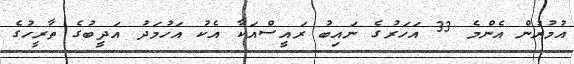
އުމުރުން އެންމެ 33 އަހަރުގެ ނައިބު ރައީސްއަކާ އެކު އަހުމަދު އަދީބުގެ ތާރީހުގެ